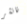
تاتشر